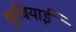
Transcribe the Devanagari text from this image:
कूचियाई